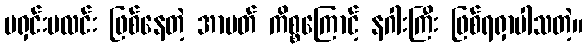
မရှင်းမလင်း ဖြစ်နေတဲ့ အာပတ် ကိစ္စကြောင့် နဂါးကြီး ဖြစ်ရရှာပါသတဲ့။